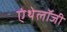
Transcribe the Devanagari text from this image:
एंथेलॉजी